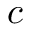
c